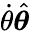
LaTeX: {\dot{\theta}}{\hat{\boldsymbol{\theta}}}